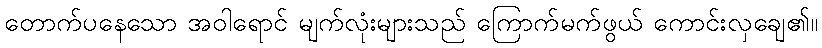
တောက်ပနေသော အဝါရောင် မျက်လုံးများသည် ကြောက်မက်ဖွယ် ကောင်းလှချေ၏။